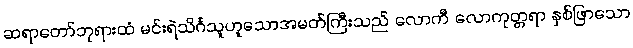
ဆရာတော်ဘုရားထံ မင်းရဲသိင်္ဂသူဟူသောအမတ်ကြီးသည် လောကီ လောကုတ္တရာ နှစ်ဖြာသော